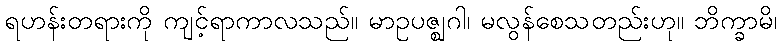
ရဟန်းတရားကို ကျင့်ရာကာလသည်။ မာဥပဇ္ဈဂါ၊ မလွန်စေသတည်းဟု။ ဘိက္ခာမိ၊